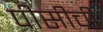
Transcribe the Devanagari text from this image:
पीसीची